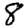
Digit: 8